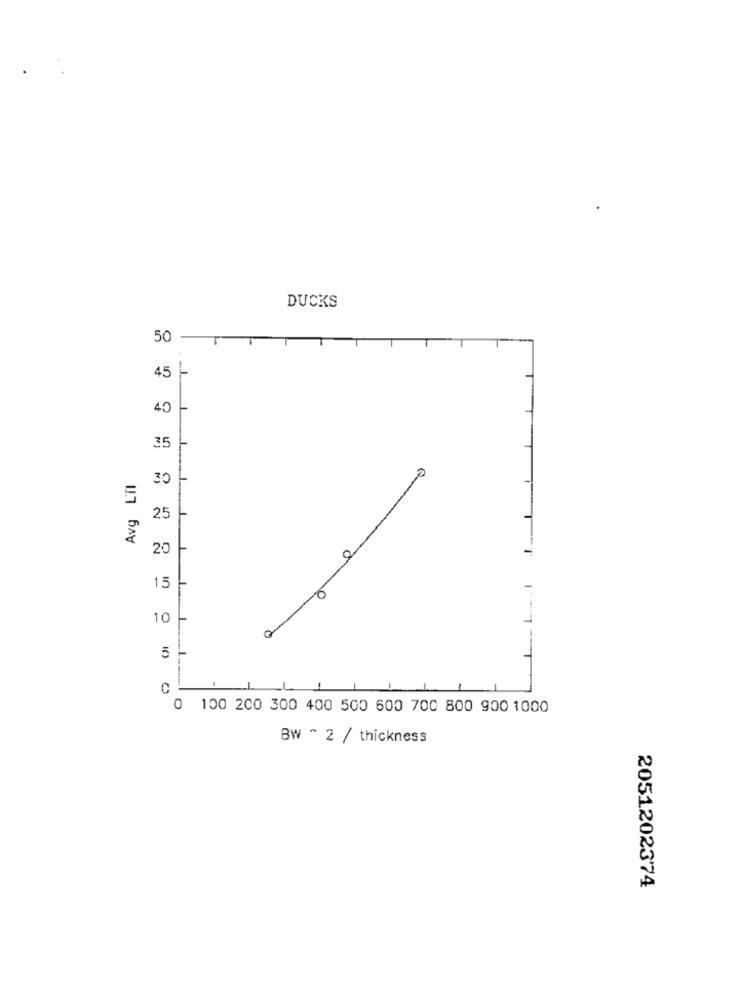
DUCKS
50
-
T
45
40
35
Avg LTI
30
25
20
0
15
10
10
5
0 100 200 300 400 500 600 700 800 900 1000
BW ~ 2 / thickness
2051202374